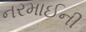
નરમાઈની